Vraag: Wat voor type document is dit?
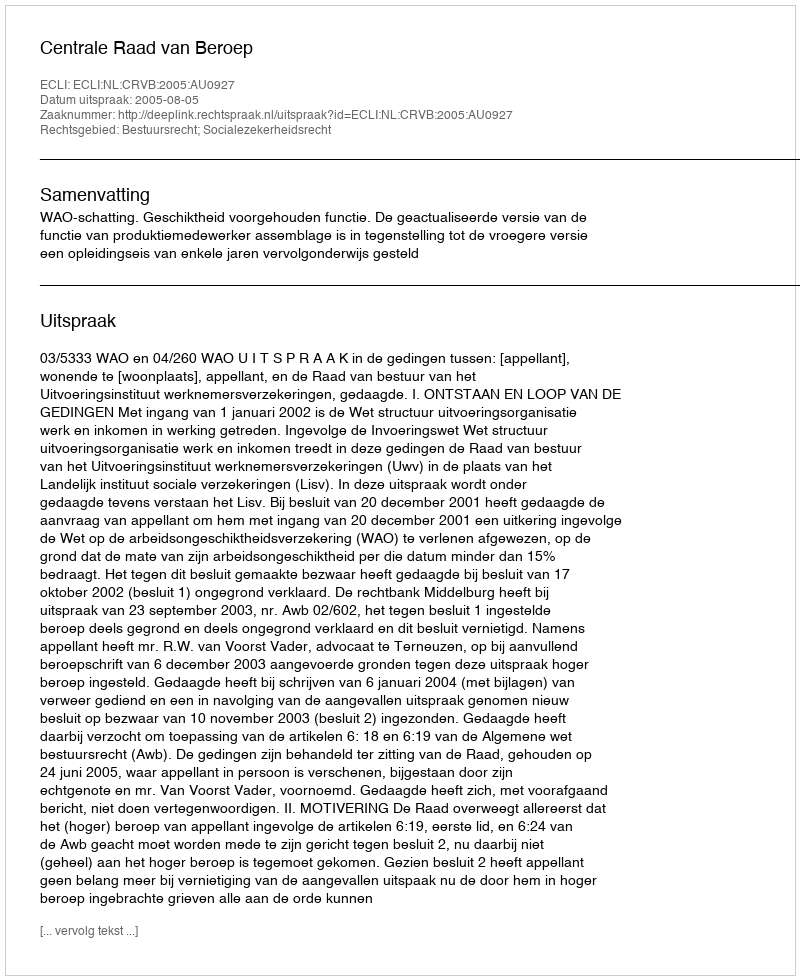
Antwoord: Uitspraak